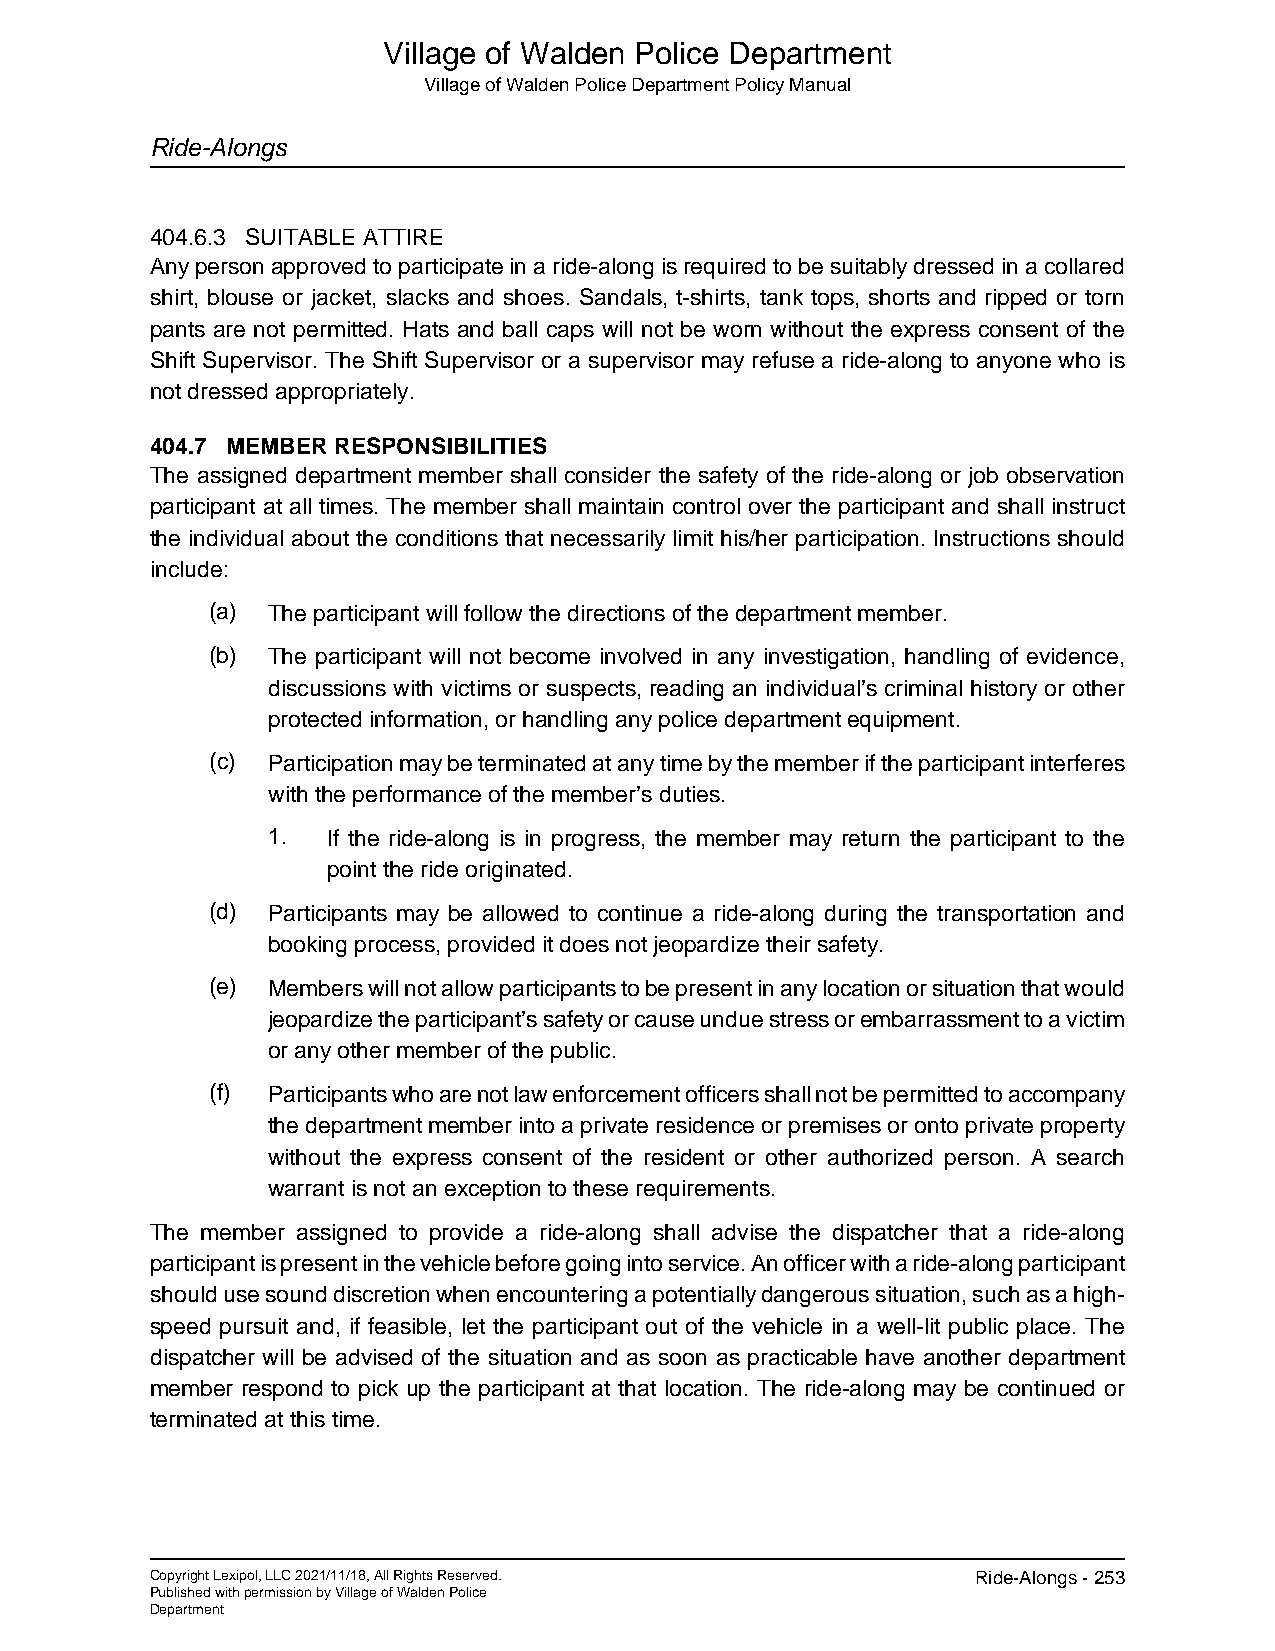
Village of Walden Police Department
 Village of Walden Police Department Policy Manual
 Ride-Alongs
 404.6.3 SUITABLE ATTIRE
 Any person approved to participate in a ride-along is required to be suitably dressed in a collared
 shirt, blouse or jacket, slacks and shoes. Sandals, t-shirts, tank tops, shorts and ripped or torn
 pants are not permitted. Hats and ball caps will not be worn without the express consent of the
 Shift Supervisor. The Shift Supervisor or a supervisor may refuse a ride-along to anyone who is
 not dressed appropriately.
 404.7 MEMBER RESPONSIBILITIES
 The assigned department member shall consider the safety of the ride-along or job observation
 participant at all times. The member shall maintain control over the participant and shall instruct
 the individual about the conditions that necessarily limit his/her participation. Instructions should
 include:
 (a) The participant will follow the directions of the department member.
 (b) The participant will not become involved in any investigation, handling of evidence,
 discussions with victims or suspects, reading an individual’s criminal history or other
 protected information, or handling any police department equipment.
 (c) Participation may be terminated at any time by the member if the participant interferes
 with the performance of the member’s duties.
 1.  If the ride-along is in progress, the member may return the participant to the
 point the ride originated.
 (d) Participants may be allowed to continue a ride-along during the transportation and
 booking process, provided it does not jeopardize their safety.
 (e) Members will not allow participants to be present in any location or situation that would
 jeopardize the participant’s safety or cause undue stress or embarrassment to a victim
 or any other member of the public.
 (f) Participants who are not law enforcement officers shall not be permitted to accompany
 the department member into a private residence or premises or onto private property
 without the express consent of the resident or other authorized person. A search
 warrant is not an exception to these requirements.
 The member assigned to provide a ride-along shall advise the dispatcher that a ride-along
 participant is present in the vehicle before going into service. An officer with a ride-along participant
 should use sound discretion when encountering a potentially dangerous situation, such as a high-
 speed pursuit and, if feasible, let the participant out of the vehicle in a well-lit public place. The
 dispatcher will be advised of the situation and as soon as practicable have another department
 member respond to pick up the participant at that location. The ride-along may be continued or
 terminated at this time.
 Copyright Lexipol, LLC 2021/11/18, All Rights Reserved. Ride-Alongs - 253
 Published with permission by Village of Walden Police
 Department